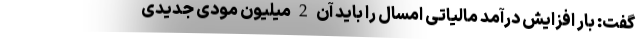
گفت: بار افزایش درآمد مالیاتی امسال را باید آن 2 میلیون مودی جدیدی